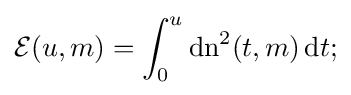
{\mathcal {E}}(u,m)=\int _{0}^{u}\operatorname {dn} ^{2}(t,m)\,\mathrm {d} t;